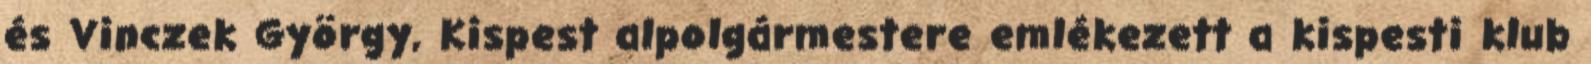
és Vinczek György, Kispest alpolgármestere emlékezett a kispesti klub